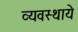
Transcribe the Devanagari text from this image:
व्यवस्थाये